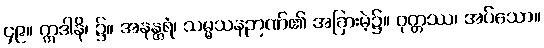
၄၉။ ဣဒါနိ၊ ၌။ အနန္တရံ၊ သမ္မသနဉာဏ်၏ အခြားမဲ့၌။ ဝုတ္တဿ၊ အပ်သော။